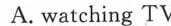
A. watching TV